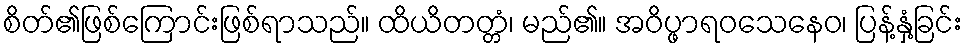
စိတ်၏ဖြစ်ကြောင်းဖြစ်ရာသည်။ ထိယိတတ္တံ၊ မည်၏။ အဝိပ္ဖာရဝသေနေဝ၊ ပြန့်နှံ့ခြင်း